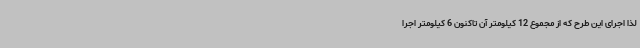
لذا اجرای این طرح که از مجموع 12 کیلومتر آن تاکنون 6 کیلومتر اجرا